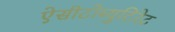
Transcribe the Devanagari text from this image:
ऐसीटोब्युटिरेट